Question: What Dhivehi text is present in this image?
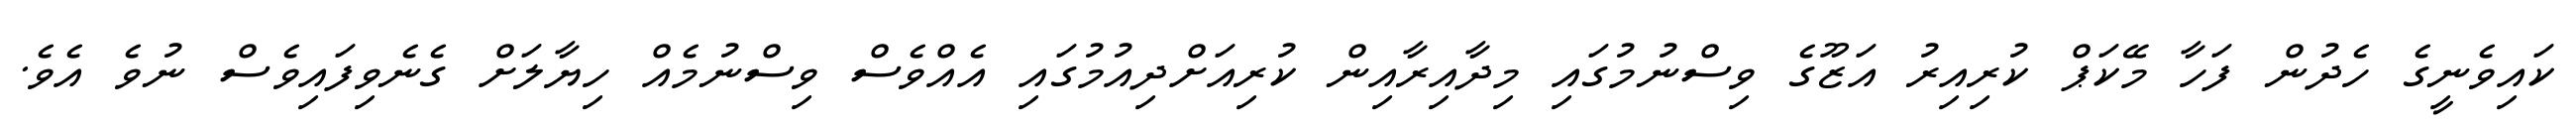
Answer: ކައިވެނީގެ ހެދުން ފަހާ މޭކަޕް ކުރިއިރު އަޒޫގެ ވިސްނުމުގައި މިދާއިރާއިން ކުރިއަށްދިއުމުގައި އެއްވެސް ވިސްނުމެއް ހިޔާލަށް ގެނެވިފައިވެސް ނުވެ އެވެ.